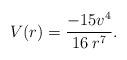
LaTeX: \begin{align*}V (r) =\frac{-15v^4}{16\;r^7}.\end{align*}